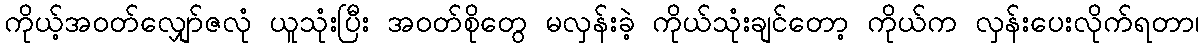
ကိုယ့်အဝတ်လျှော်ဇလုံ ယူသုံးပြီး အဝတ်စိုတွေ မလှန်းခဲ့ ကိုယ်သုံးချင်တော့ ကိုယ်က လှန်းပေးလိုက်ရတာ၊